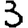
Digit: 3